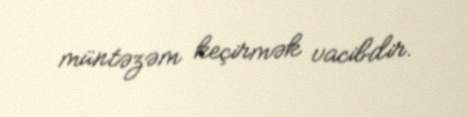
müntəzəm keçirmək vacibdir.